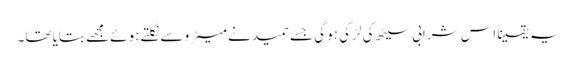
یہ یقیناً اس شرابی سیٹھ کی لڑکی ہو گی جسے حمید نے میٹرو سے نکلتے ہوئے مجھے بتایا تھا۔